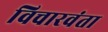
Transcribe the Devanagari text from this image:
विचारवंता